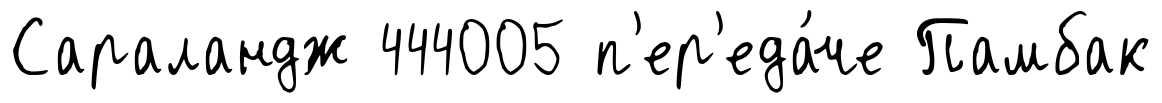
Сараландж 444005 п'ер'еда́че Памбак